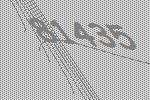
81435